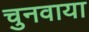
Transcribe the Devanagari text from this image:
चुनवाया